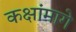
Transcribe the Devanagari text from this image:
कक्षांमागे